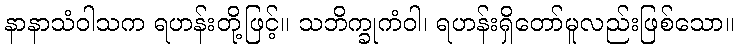
နာနာသံဝါသက ရဟန်းတို့ဖြင့်။ သဘိက္ခုကံဝါ၊ ရဟန်းရှိတော်မူလည်းဖြစ်သော။